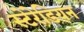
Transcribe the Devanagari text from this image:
स्टेरेडियन